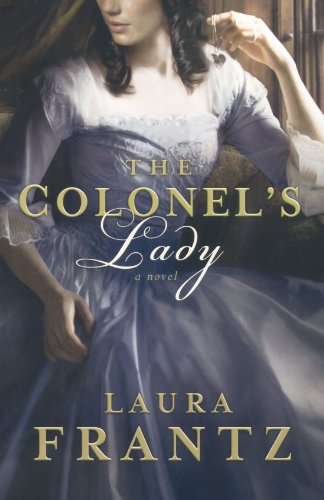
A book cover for The Colonel's Lady; Laura Frantz; Romance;